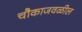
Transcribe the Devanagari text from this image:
चौकाजवळील